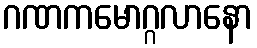
ဂဏကမောဂ္ဂလာနော